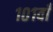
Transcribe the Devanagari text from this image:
१०१वाँ